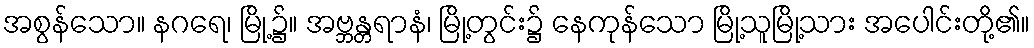
အစွန်သော။ နဂရေ၊ မြို့၌။ အဗ္ဘန္တရာနံ၊ မြို့တွင်း၌ နေကုန်သော မြို့သူမြို့သား အပေါင်းတို့၏။